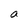
Character: a